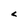
Character: c